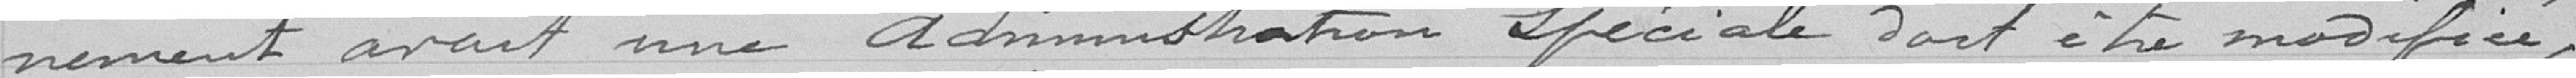
nement avait une administration spéciale doit être modifiée,